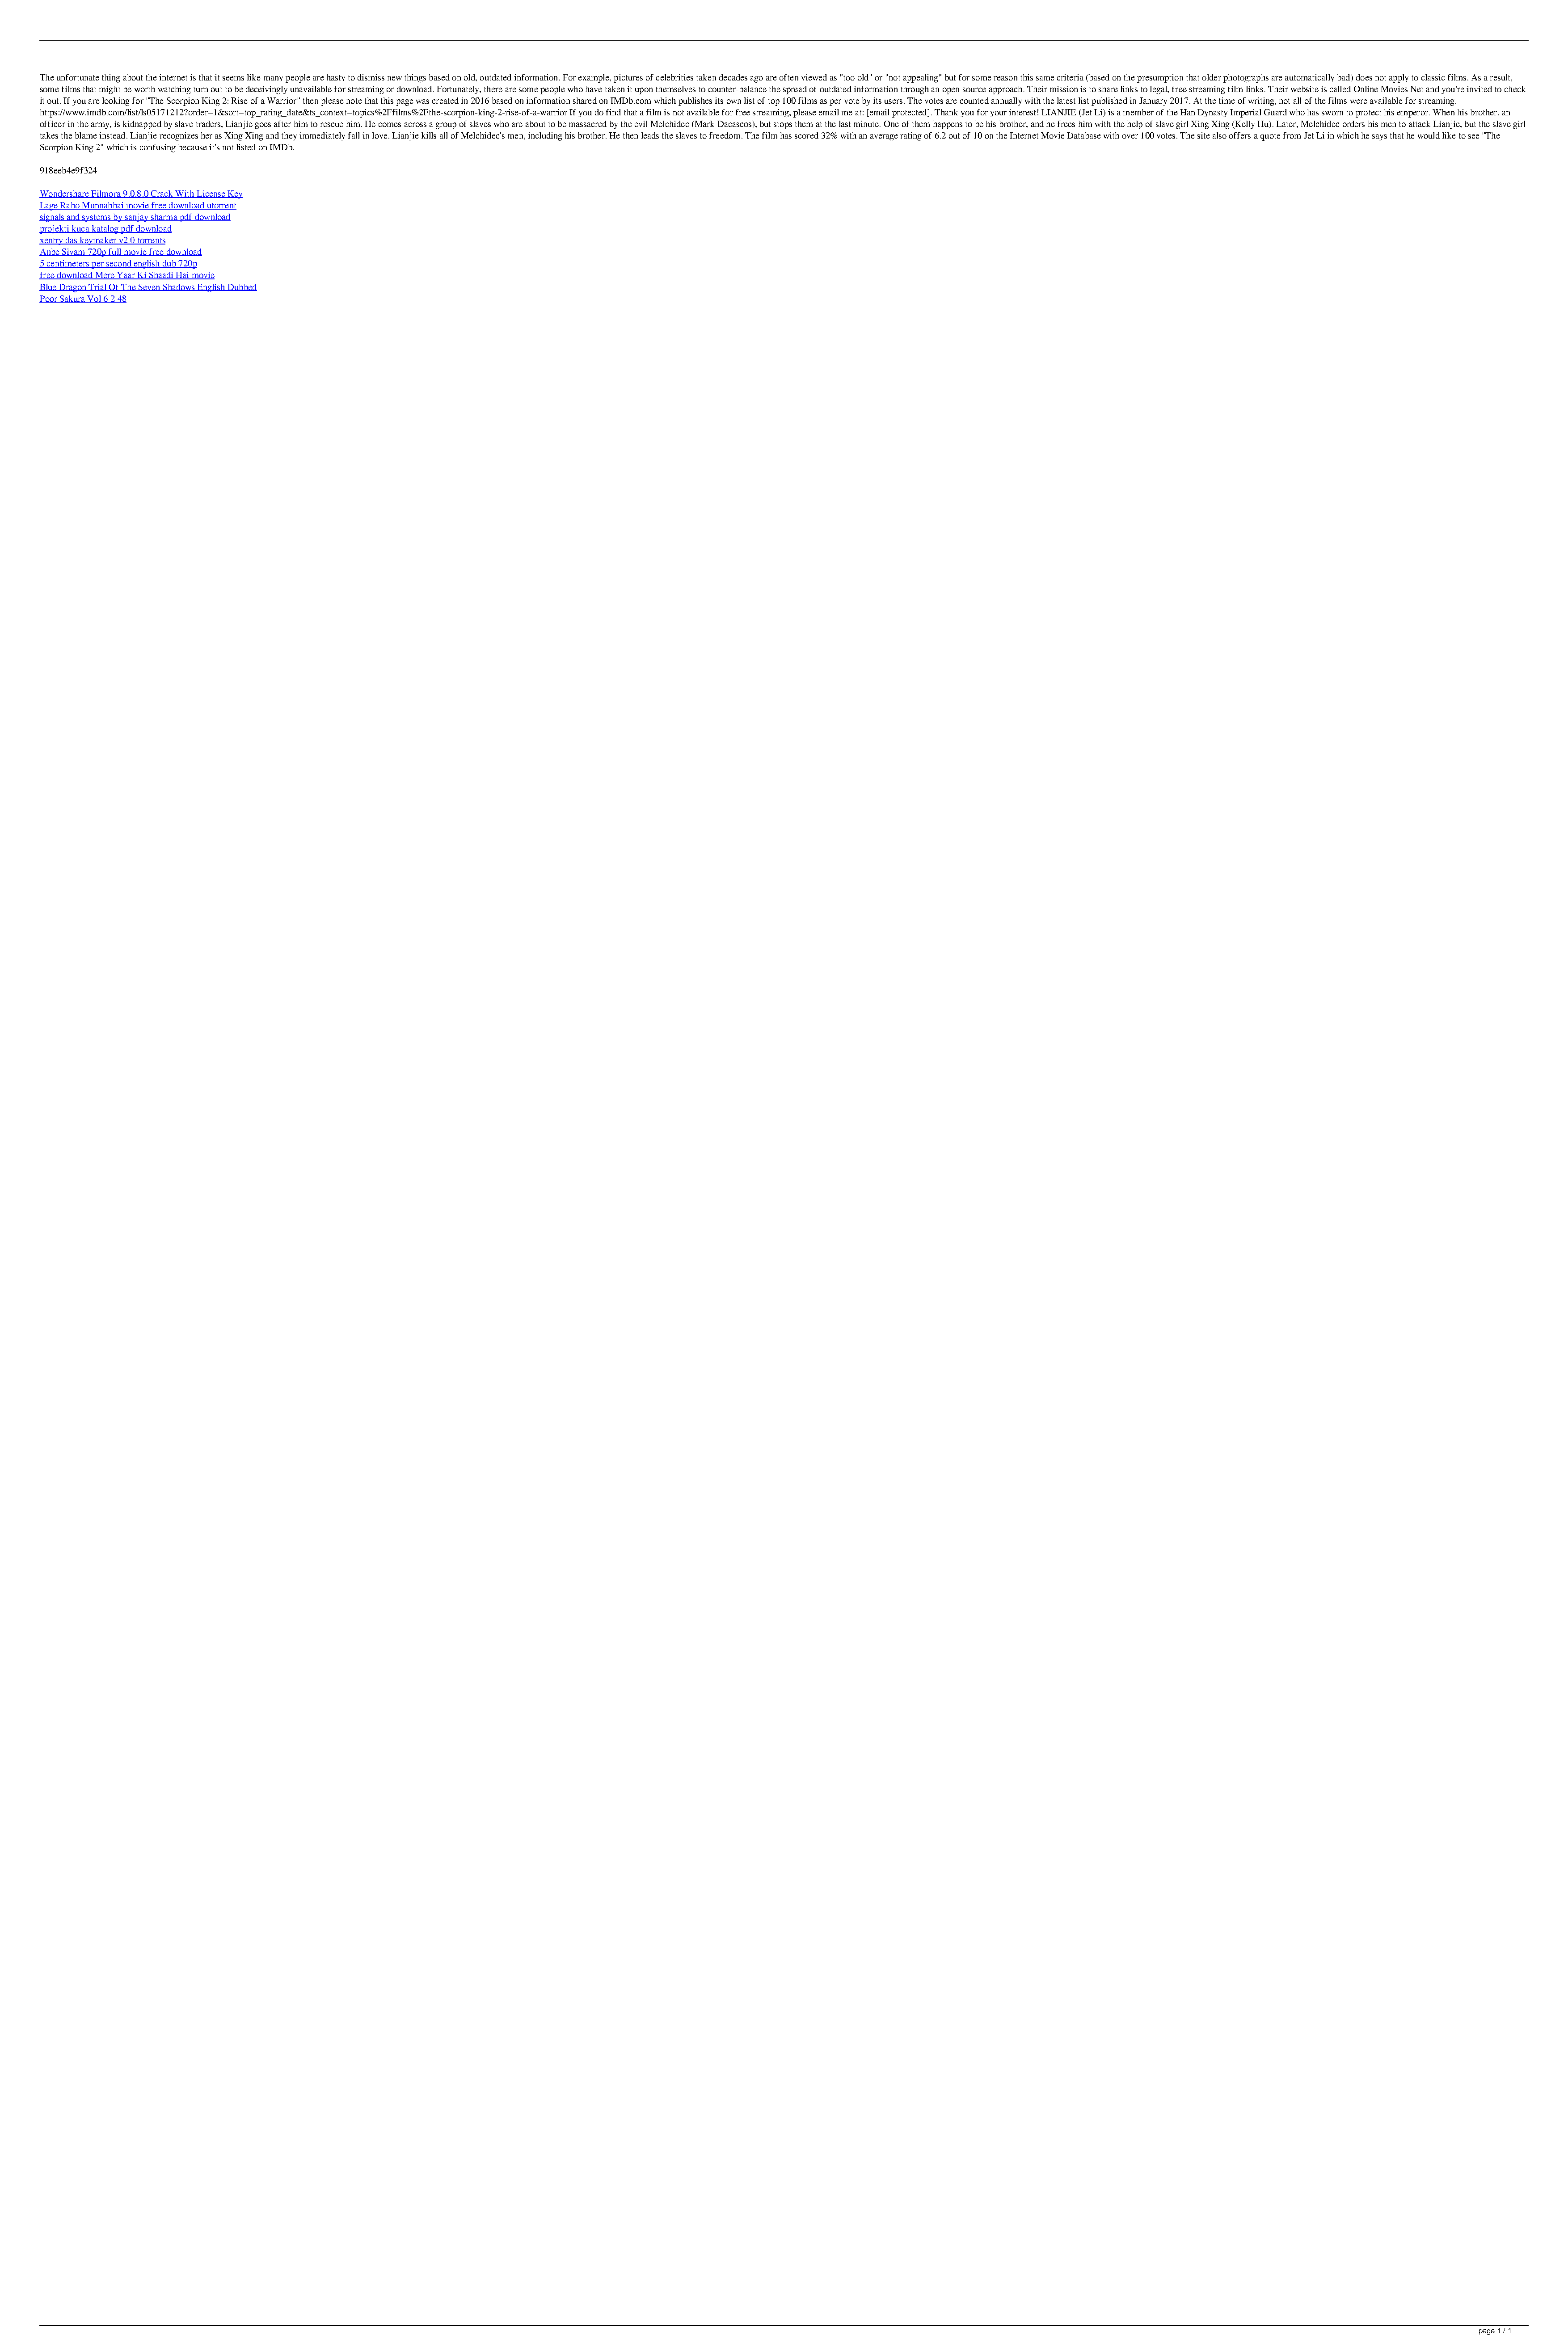
The unfortunate thing about the internet is that it seems like many people are hasty to dismiss new things based on old, outdated information. For example, pictures of celebrities taken decades ago are often viewed as "too old" or "not appealing" but for some reason this same criteria (based on the presumption that older photographs are automatically bad) does not apply to classic films. As a result,
 some films that might be worth watching turn out to be deceivingly unavailable for streaming or download. Fortunately, there are some people who have taken it upon themselves to counter-balance the spread of outdated information through an open source approach. Their mission is to share links to legal, free streaming film links. Their website is called Online Movies Net and you're invited to check
 it out. If you are looking for "The Scorpion King 2: Rise of a Warrior" then please note that this page was created in 2016 based on information shared on IMDb.com which publishes its own list of top 100 films as per vote by its users. The votes are counted annually with the latest list published in January 2017. At the time of writing, not all of the films were available for streaming.
 https://www.imdb.com/list/ls05171212?order=1&sort=top_rating_date&ts_context=topics%2Ffilms%2Fthe-scorpion-king-2-rise-of-a-warrior If you do find that a film is not available for free streaming, please email me at: [email protected]. Thank you for your interest! LIANJIE (Jet Li) is a member of the Han Dynasty Imperial Guard who has sworn to protect his emperor. When his brother, an
 officer in the army, is kidnapped by slave traders, Lianjie goes after him to rescue him. He comes across a group of slaves who are about to be massacred by the evil Melchidec (Mark Dacascos), but stops them at the last minute. One of them happens to be his brother, and he frees him with the help of slave girl Xing Xing (Kelly Hu). Later, Melchidec orders his men to attack Lianjie, but the slave girl
 takes the blame instead. Lianjie recognizes her as Xing Xing and they immediately fall in love. Lianjie kills all of Melchidec's men, including his brother. He then leads the slaves to freedom. The film has scored 32% with an average rating of 6.2 out of 10 on the Internet Movie Database with over 100 votes. The site also offers a quote from Jet Li in which he says that he would like to see "The
 Scorpion King 2" which is confusing because it's not listed on IMDb.
 918eeb4e9f324
 Wondershare Filmora 9.0.8.0 Crack With License Key
 Lage Raho Munnabhai movie free download utorrent
 signals and systems by sanjay sharma pdf download
 projekti kuca katalog pdf download
 xentry das keymaker v2.0 torrents
 Anbe Sivam 720p full movie free download
 5 centimeters per second english dub 720p
 free download Mere Yaar Ki Shaadi Hai movie
 Blue Dragon Trial Of The Seven Shadows English Dubbed
 Poor Sakura Vol 6 2 48
 page 1 / 1
 The Scorpion King 2 Rise Of A Warrior 2008 Hindi Dubbed Movie Download